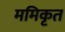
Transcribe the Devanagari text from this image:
ममिकृत